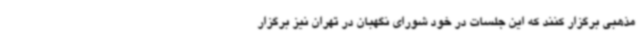
مذهبی برگزار کنند که این جلسات در خود شورای نگهبان در تهران نیز برگزار